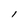
Character: I